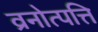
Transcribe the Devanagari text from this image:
व्रनोत्पत्ति